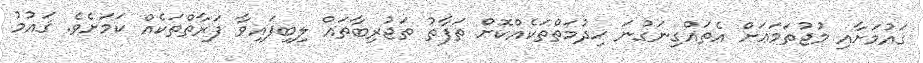
ޤައުމަށާއި މުޖުތަމަޢަށް އެތައްގިނަގުނަ ޚިދުމަތްތަކެއްކޮށް ތަފާތު ތަޖުރިބާތައް ލިބިފައިވާ ފަރާތްތަކެއް ކަމަށެވެ. ޤައުމު